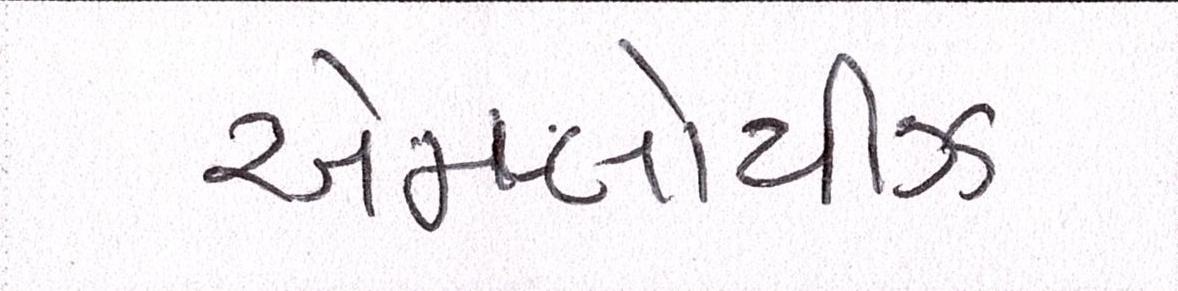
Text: એમ્પ્લોયીઝ